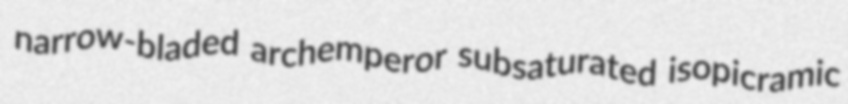
narrow-bladed archemperor subsaturated isopicramic